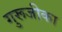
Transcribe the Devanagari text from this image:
गुरूजीका